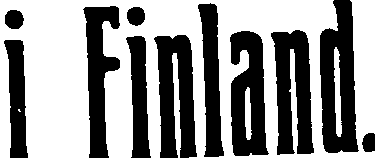
i Finland.